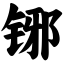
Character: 铘